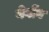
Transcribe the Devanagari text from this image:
गेगोंग